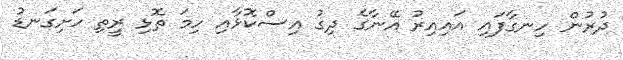
ދުރުން ހިނގާފައި އައިއިރު އޭނާގެ ދިގު އިސްކޮޅާއި ހިމަ ތޮޅި ރީތި ހަށިގަނޑު